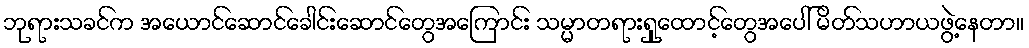
ဘုရားသခင်က အယောင်ဆောင်ခေါင်းဆောင်တွေအကြောင်း သမ္မာတရားရှုထောင့်တွေအပေါ် မိတ်သဟာယဖွဲ့နေတာ။